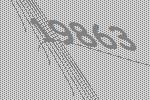
19863